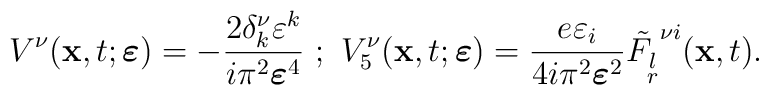
V^\nu({\bf x},t;\mbox{{\boldmath$\varepsilon$}})=-\frac{2\delta^\nu_k\varepsilon^k}{i\pi^2{\mbox{{\boldmath$\varepsilon$}}}^4}\ ;\ V^\nu_5({\bf x},t;\mbox{{\boldmath$\varepsilon$}})=\frac{e\varepsilon_i}{4i\pi^2{\mbox{{\boldmath$\varepsilon$}}}^2}{\tilde{F_{\stackrel{{\scriptstyle{l}}}{{\scriptstyle{r}}}}}}^{\nu i}({\bf x},t).